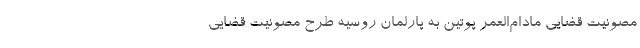
مصونیت قضایی مادام‌العمر پوتین به پارلمان روسیه طرح مصونیت قضایی